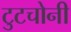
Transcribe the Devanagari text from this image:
टुटचोनी